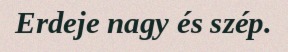
Erdeje nagy és szép.